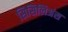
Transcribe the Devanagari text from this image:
सिसिलिअंस